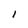
Character: l